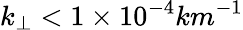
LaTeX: k_{\perp}<1\times 10^{-4}km^{-1}